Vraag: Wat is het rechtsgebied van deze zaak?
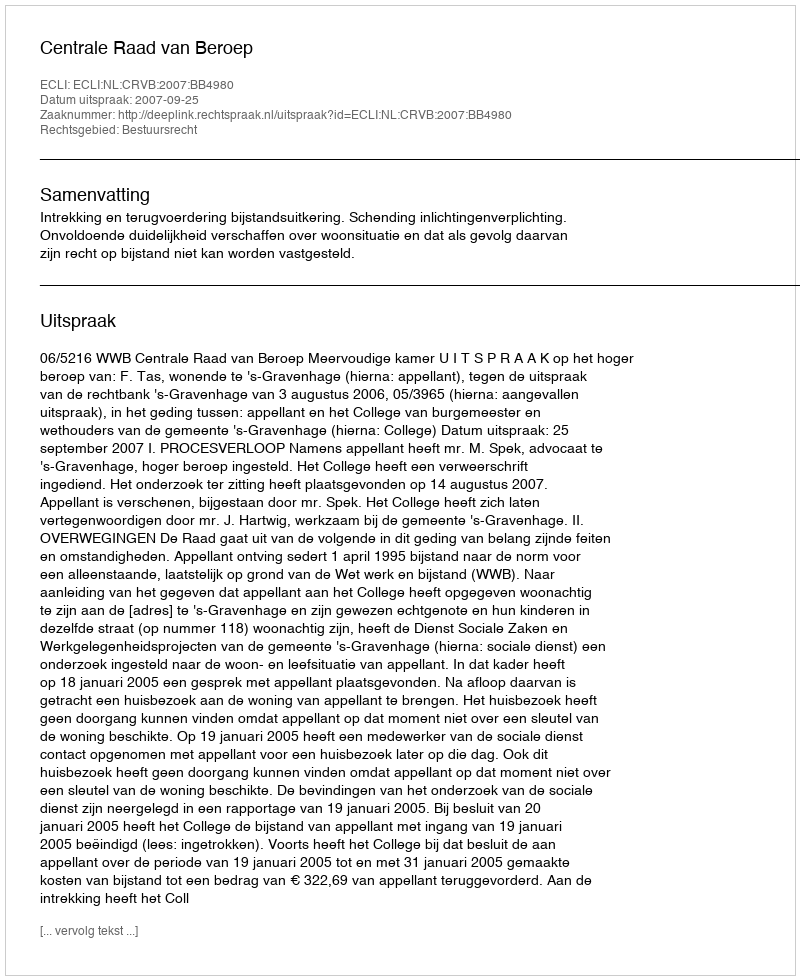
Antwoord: Bestuursrecht